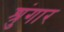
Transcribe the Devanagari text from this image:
श्रुंगार